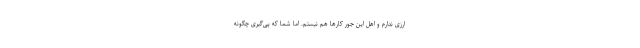
ارزی ندارم و اهل این جور کارها هم نیستم. اما شما که پی‌گیری چگونه